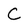
Character: C